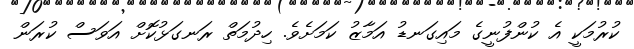
ކުރުމަކީ އެ ކުންފުނީގެ މައިގަނޑު އަމާޒު ކަމަށެވެ. ހިދުމަތް ރަނގަޅުކޮށް އަވަސް ކުރަން